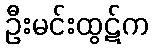
ဦးမင်းထွဋ်က